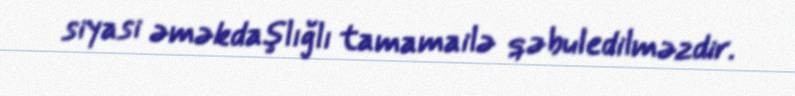
siyasi əməkdaşlığlı tamamailə qəbuledilməzdir.